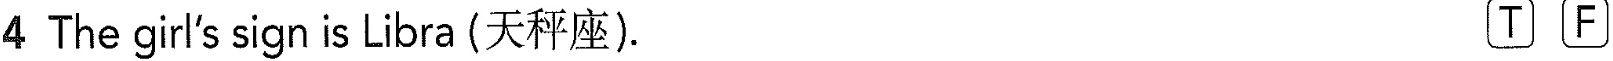
4 The girl's sign is Libra (天秤座). TF